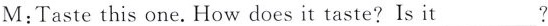
M:Taste this one.How does it taste?Is it ___?